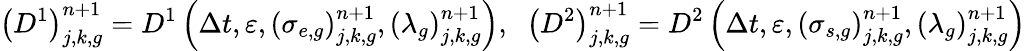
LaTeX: \left(D^{1}\right)_{j,k,g}^{n+1}=D^{1}\left(\Delta t,\varepsilon,\left(\sigma_{e,g}\right)_{j,k,g}^{n+1},\left(\lambda_{g}\right)_{j,k,g}^{n+1}\right),\; \; \left(D^{2}\right)_{j,k,g}^{n+1}=D^{2}\left(\Delta t,\varepsilon,\left(\sigma_{s,g}\right)_{j,k,g}^{n+1},\left(\lambda_{g}\right)_{j,k,g}^{n+1}\right)